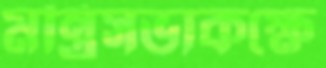
মন্ত্রিসভাকক্ষে